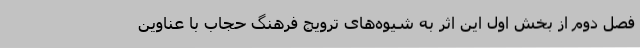
فصل دوم از بخش اول این اثر به شیوه‌های ترویج فرهنگ حجاب با عناوین